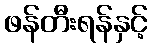
ဖန်တီးရန်နှင့်